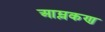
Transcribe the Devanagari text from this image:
आम्लकण